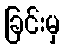
ခြင်းမှ